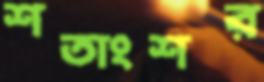
শতাংশর